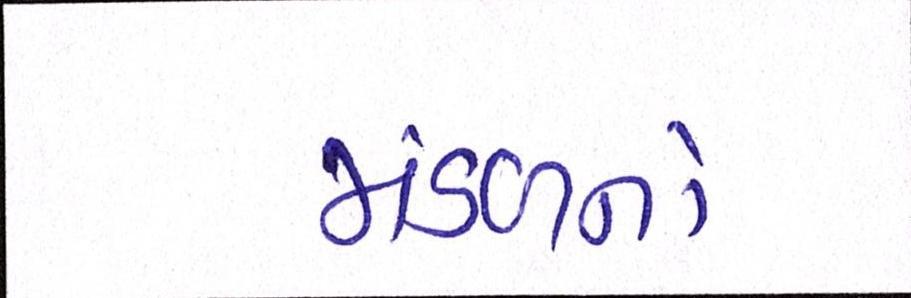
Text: મંડળનો